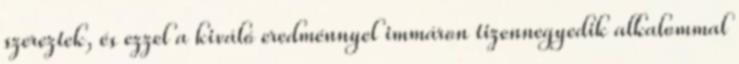
szereztek, és ezzel a kiváló eredménnyel immáron tizennegyedik alkalommal